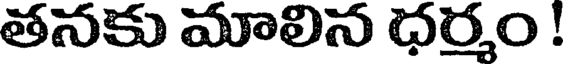
తనకు మాలిన ధర్మం !